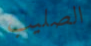
الصليب